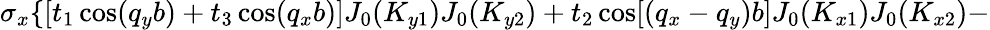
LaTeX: \sigma_{x}\{ [t_{1}\cos(q_{y}b)+t_{3}\cos(q_{x}b)]J_{0}(K_{y1})J_{0}(K_{y2})+t_{2}\cos[(q_{x}-q_{y})b]J_{0}(K_{x1})J_{0}(K_{x2})-